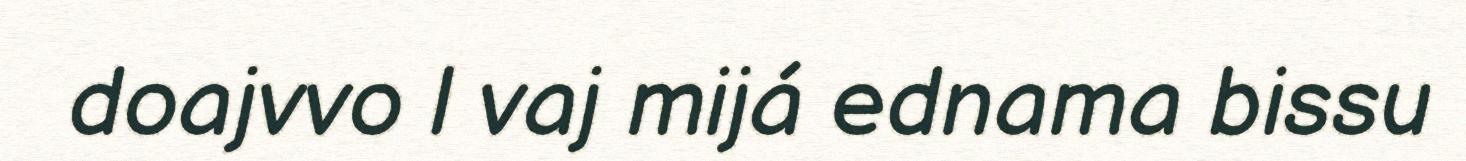
doajvvo l vaj mijá ednama bissu